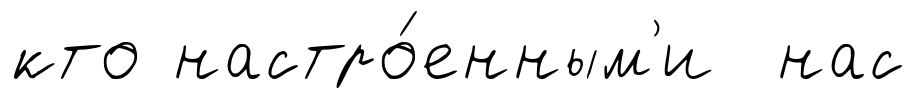
кто настро́енным'и нас